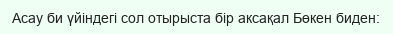
Асау би үйіндегі сол отырыста бір аксақал Бөкен биден: